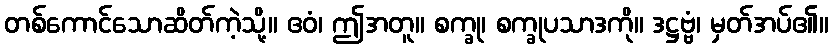
တစ်ကောင်သောဆိတ်ကဲ့သို့။ ဧဝံ၊ ဤအတူ။ စက္ခု၊ စက္ခုပသာဒကို။ ဒဋ္ဌဗ္ဗံ၊ မှတ်အပ်၏။